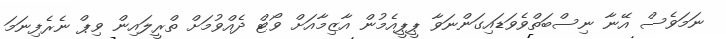
ނަމަވެސް އޭނާ ނިސްބަތްވެވަޑައިގަންނަވާ ޕީޕީއެމުން އާޒިމާއަށް ވޯޓް ދެއްވުމަށް ތްރީލައިން ވިޕް ނެރެފިނަމަ